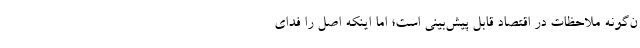
ن‌گونه ملاحظات در اقتصاد قابل پیش‌بینی است؛ اما اینکه اصل را فدای